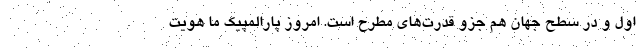
اول و در سطح جهان هم جزو قدرت‌های مطرح است. امروز پارالمپیک ما هویت